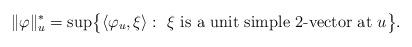
LaTeX: \begin{align*} \|\varphi\|^*_u =\sup\bigl\{\langle\varphi_u,\xi\rangle:\ \xi\ \mbox{is a unit simple 2-vector at}\ u\bigr\}.\end{align*}